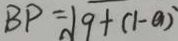
B P = \sqrt { 9 + ( 1 - a ) }